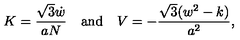
K = \frac { \sqrt 3 \dot { w } } { a N } \quad \mathrm { a n d } \quad V = - \frac { \sqrt 3 ( w ^ { 2 } - k ) } { a ^ { 2 } } ,